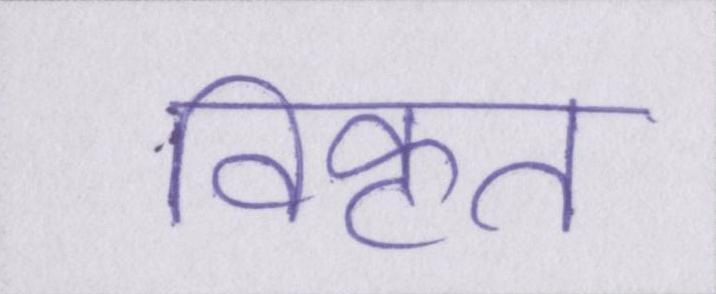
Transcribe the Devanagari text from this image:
विकृत